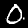
Label: 0